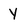
Character: Y